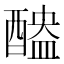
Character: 醠